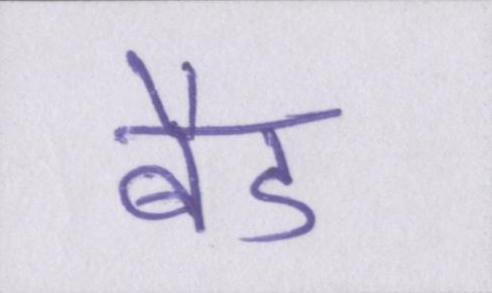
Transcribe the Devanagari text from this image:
बैड